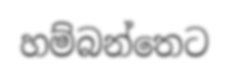
හම්බන්තෙට